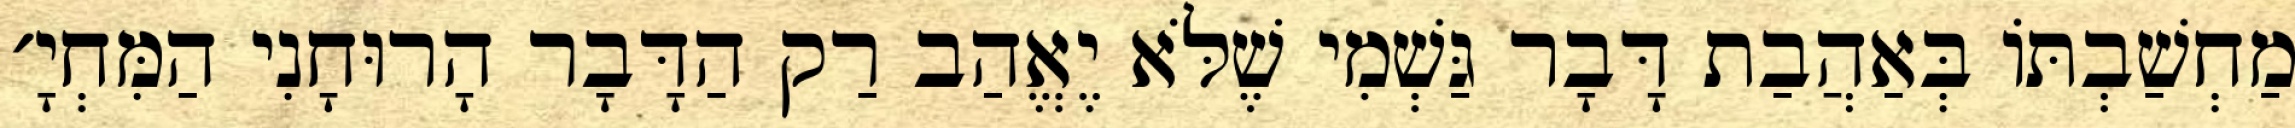
מַחְשַׁבְתּוֹ בְּאַהֲבַת דָּבָר גַּשְׁמִי שֶׁלֹּא יֶאֱהַב רַק הַדָּבָר הָרוּחָנִי הַמִּחְיָ׳